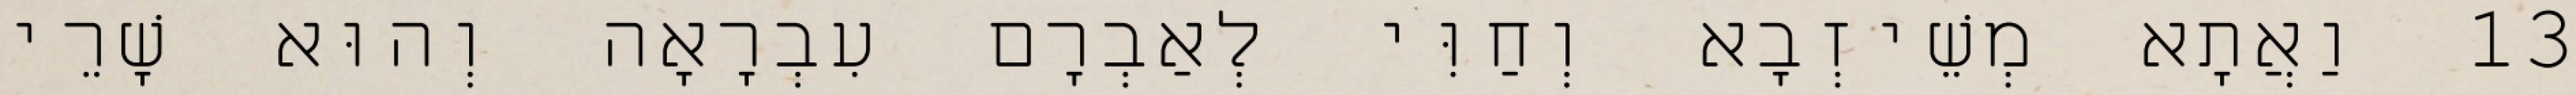
13 וַאֲתָא מְשֵׁיזְבָא וְחַוִּי לְאַבְרָם עִבְרָאָה וְהוּא שָׁרֵי